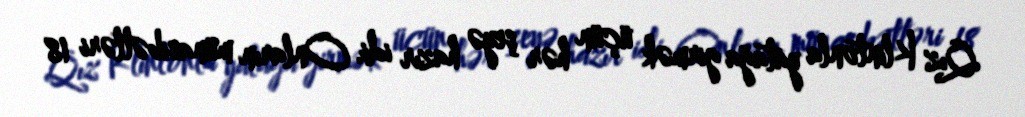
Qız Klintonla yatağa girmək üçün hər şeyə hazır idi. Onların münasibətləri 18